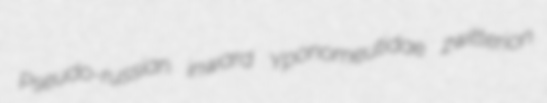
Pseudo-russian inward Yponomeutidae zwitterion